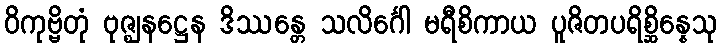
ဝိကုဗ္ဗိတုံ ဗုဇ္ဈနဋ္ဌေန ဒိဿန္တေ သလိင်္ဂေါ မရီစိကာယ ပူဇိတပရိစ္ဆိန္နေသု